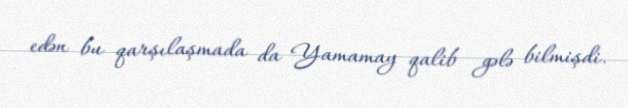
edən bu qarşılaşmada da Yamamay qalib gələ bilmişdi.